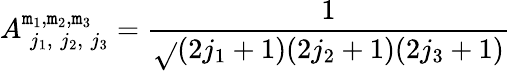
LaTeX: A_{\; j_{1},\; j_{2},\; j_{3}}^{\mathtt{m}_{1},\mathtt{m}_{2},\mathtt{m}_{3}}=\frac{{1}}{{\sqrt{}{{(2j_{1}+1)(2j_{2}+1)(2j_{3}+1)}}}}